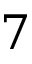
7